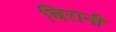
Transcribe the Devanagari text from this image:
चिरानी